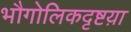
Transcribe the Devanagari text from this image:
भौगोलिकदृष्टय़ा